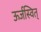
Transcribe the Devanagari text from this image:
ऊर्जस्वित्